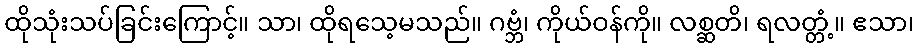
ထိုသုံးသပ်ခြင်းကြောင့်။ သာ၊ ထိုရသေ့မသည်။ ဂဗ္ဘံ၊ ကိုယ်ဝန်ကို။ လစ္ဆတိ၊ ရလတ္တံ့။ ဧသာ၊